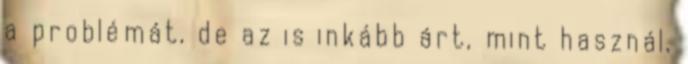
a problémát, de az is inkább árt, mint használ,